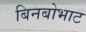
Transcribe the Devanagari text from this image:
बिनबोभाट